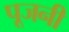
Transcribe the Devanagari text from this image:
पूजनी